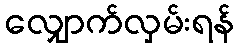
လျှောက်လှမ်းရန်